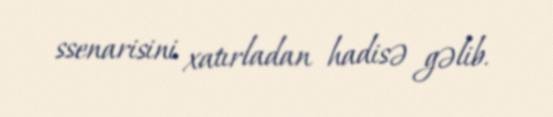
ssenarisini xatırladan hadisə gəlib.